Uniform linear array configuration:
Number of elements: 12
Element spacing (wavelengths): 0.5
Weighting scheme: hamming
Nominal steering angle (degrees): -15
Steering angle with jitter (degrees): -14.997
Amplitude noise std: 0.05
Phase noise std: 0.05

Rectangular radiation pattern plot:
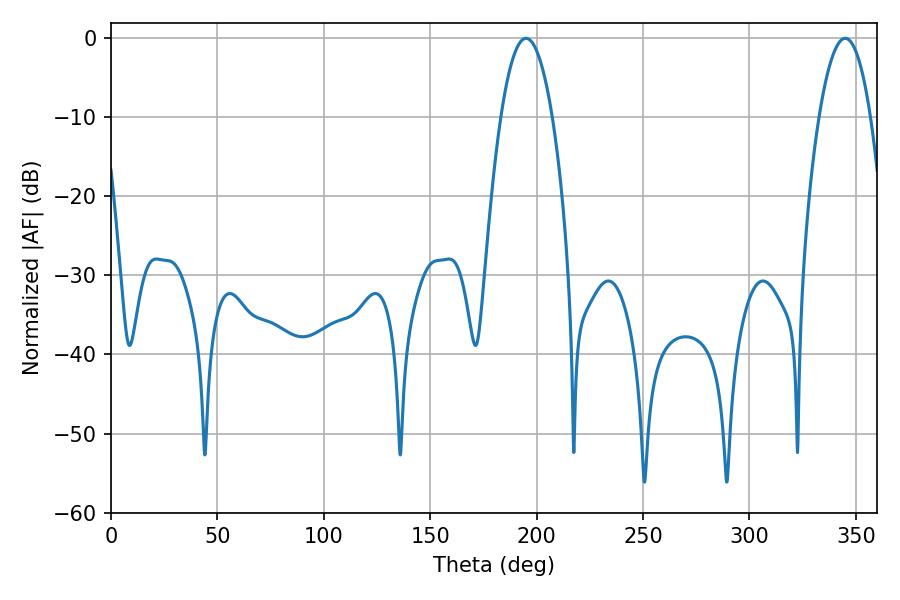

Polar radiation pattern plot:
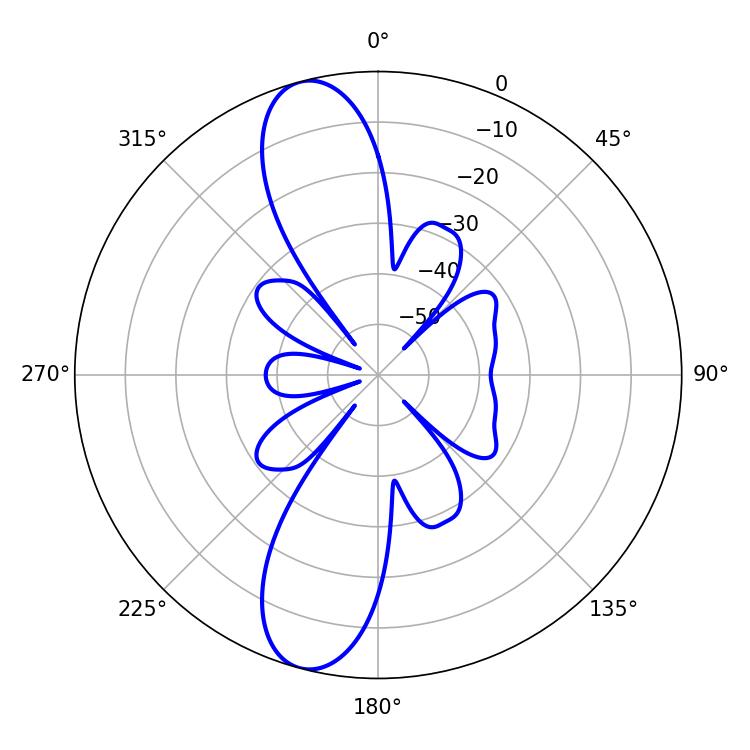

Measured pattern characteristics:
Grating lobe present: FALSE
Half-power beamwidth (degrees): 13.32
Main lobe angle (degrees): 194.94